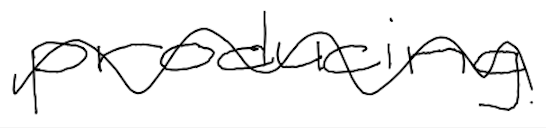
Text: producing
Cross-out: wave
Writing tool: digital_black